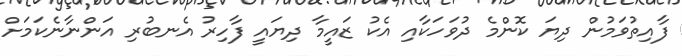
ފާއިތުވަމުން ދިޔަ ކޮންމެ ދުވަހަކާއި އެކު ޒައީމާ ދިޔައީ ފާހިރު އެނބުރި އަންނާނެކަމަށް